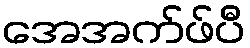
အေအက်ဖ်ပီ